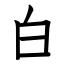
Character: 白